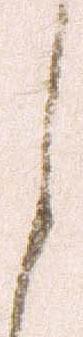
之